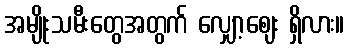
အမျိုးသမီးတွေအတွက် လျှော့ဈေး ရှိလား။